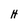
Character: H